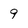
Character: 9